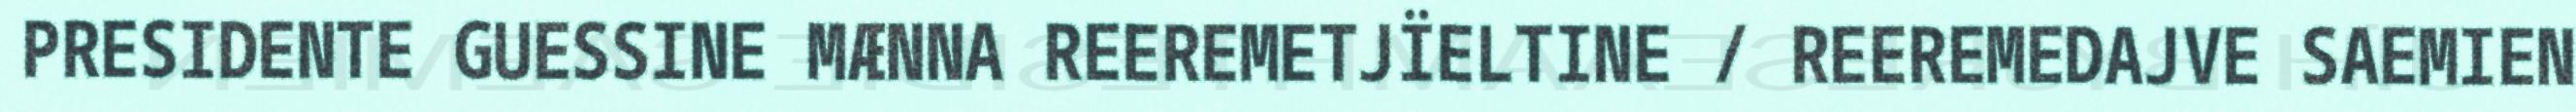
PRESIDENTE GUESSINE MÆNNA REEREMETJÏELTINE / REEREMEDAJVE SAEMIEN